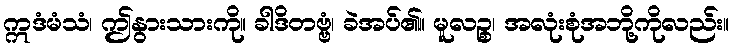
ဣဒံမံသံ၊ ဤနွားသားကို။ ခါဒိတဗ္ဗံ၊ ခဲအပ်၏။ မူလဉ္စ၊ အလုံးစုံအဘို့ကိုလည်း။